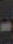
-